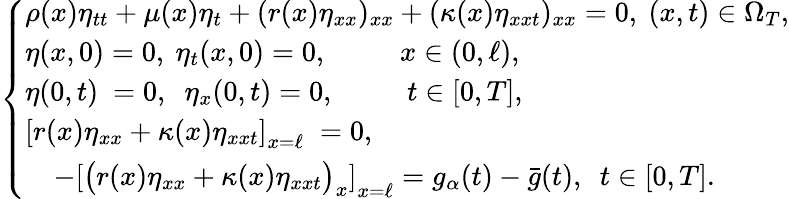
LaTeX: \begin{array}{r}{\left\{ \begin{array}{lc}{\rho(x)\eta_{tt}+\mu(x)\eta_{t}+(r(x)\eta_{xx})_{xx}+(\kappa(x)\eta_{xxt})_{xx}=0,~(x,t)\in\Omega_{T},}\\ {\eta(x,0)=0,~\eta_{t}(x,0)=0,~\qquad\; x\in(0,\ell),}\\ {\eta(0,t)\ =0,~\; \eta_{x}(0,t)=0,~\qquad\; t\in[0,T],}\\ {\left[r(x)\eta_{xx}+\kappa(x)\eta_{xxt}\right]_{x=\ell}\; =0,}\\ {\quad-\left[\big(r(x)\eta_{xx}+\kappa(x)\eta_{xxt}\big)_{x}\right]_{x=\ell}=g_{\alpha}(t)-\bar{g}(t),\ \ t\in[0,T].}\end{array}\right.}\end{array}